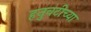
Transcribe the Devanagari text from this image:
हनुवटीच्या